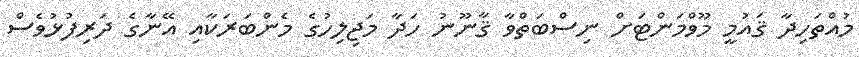
މުއްތަހިދާ ޤައުމީ މޫވްމަންޓަށް ނިސްބަތްވާ ޤާނޫނު ހަދާ މަޖިލިހުގެ މެންބަރަކާއި އޭނާގެ ދަރިފުޅުވެސް